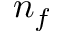
n _ { f }